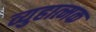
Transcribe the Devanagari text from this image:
व्युहात्मक